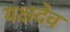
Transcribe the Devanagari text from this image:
यक्षदेव